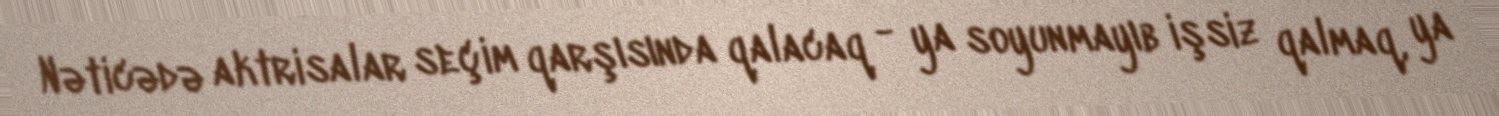
Nəticədə aktrisalar seçim qarşısında qalacaq - ya soyunmayıb işsiz qalmaq, ya